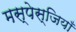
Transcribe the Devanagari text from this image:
मस्पेस्जियाँ